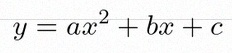
y=ax^2+bx+c